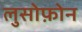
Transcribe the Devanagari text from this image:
लुसोफ़ोन